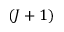
( J + 1 )